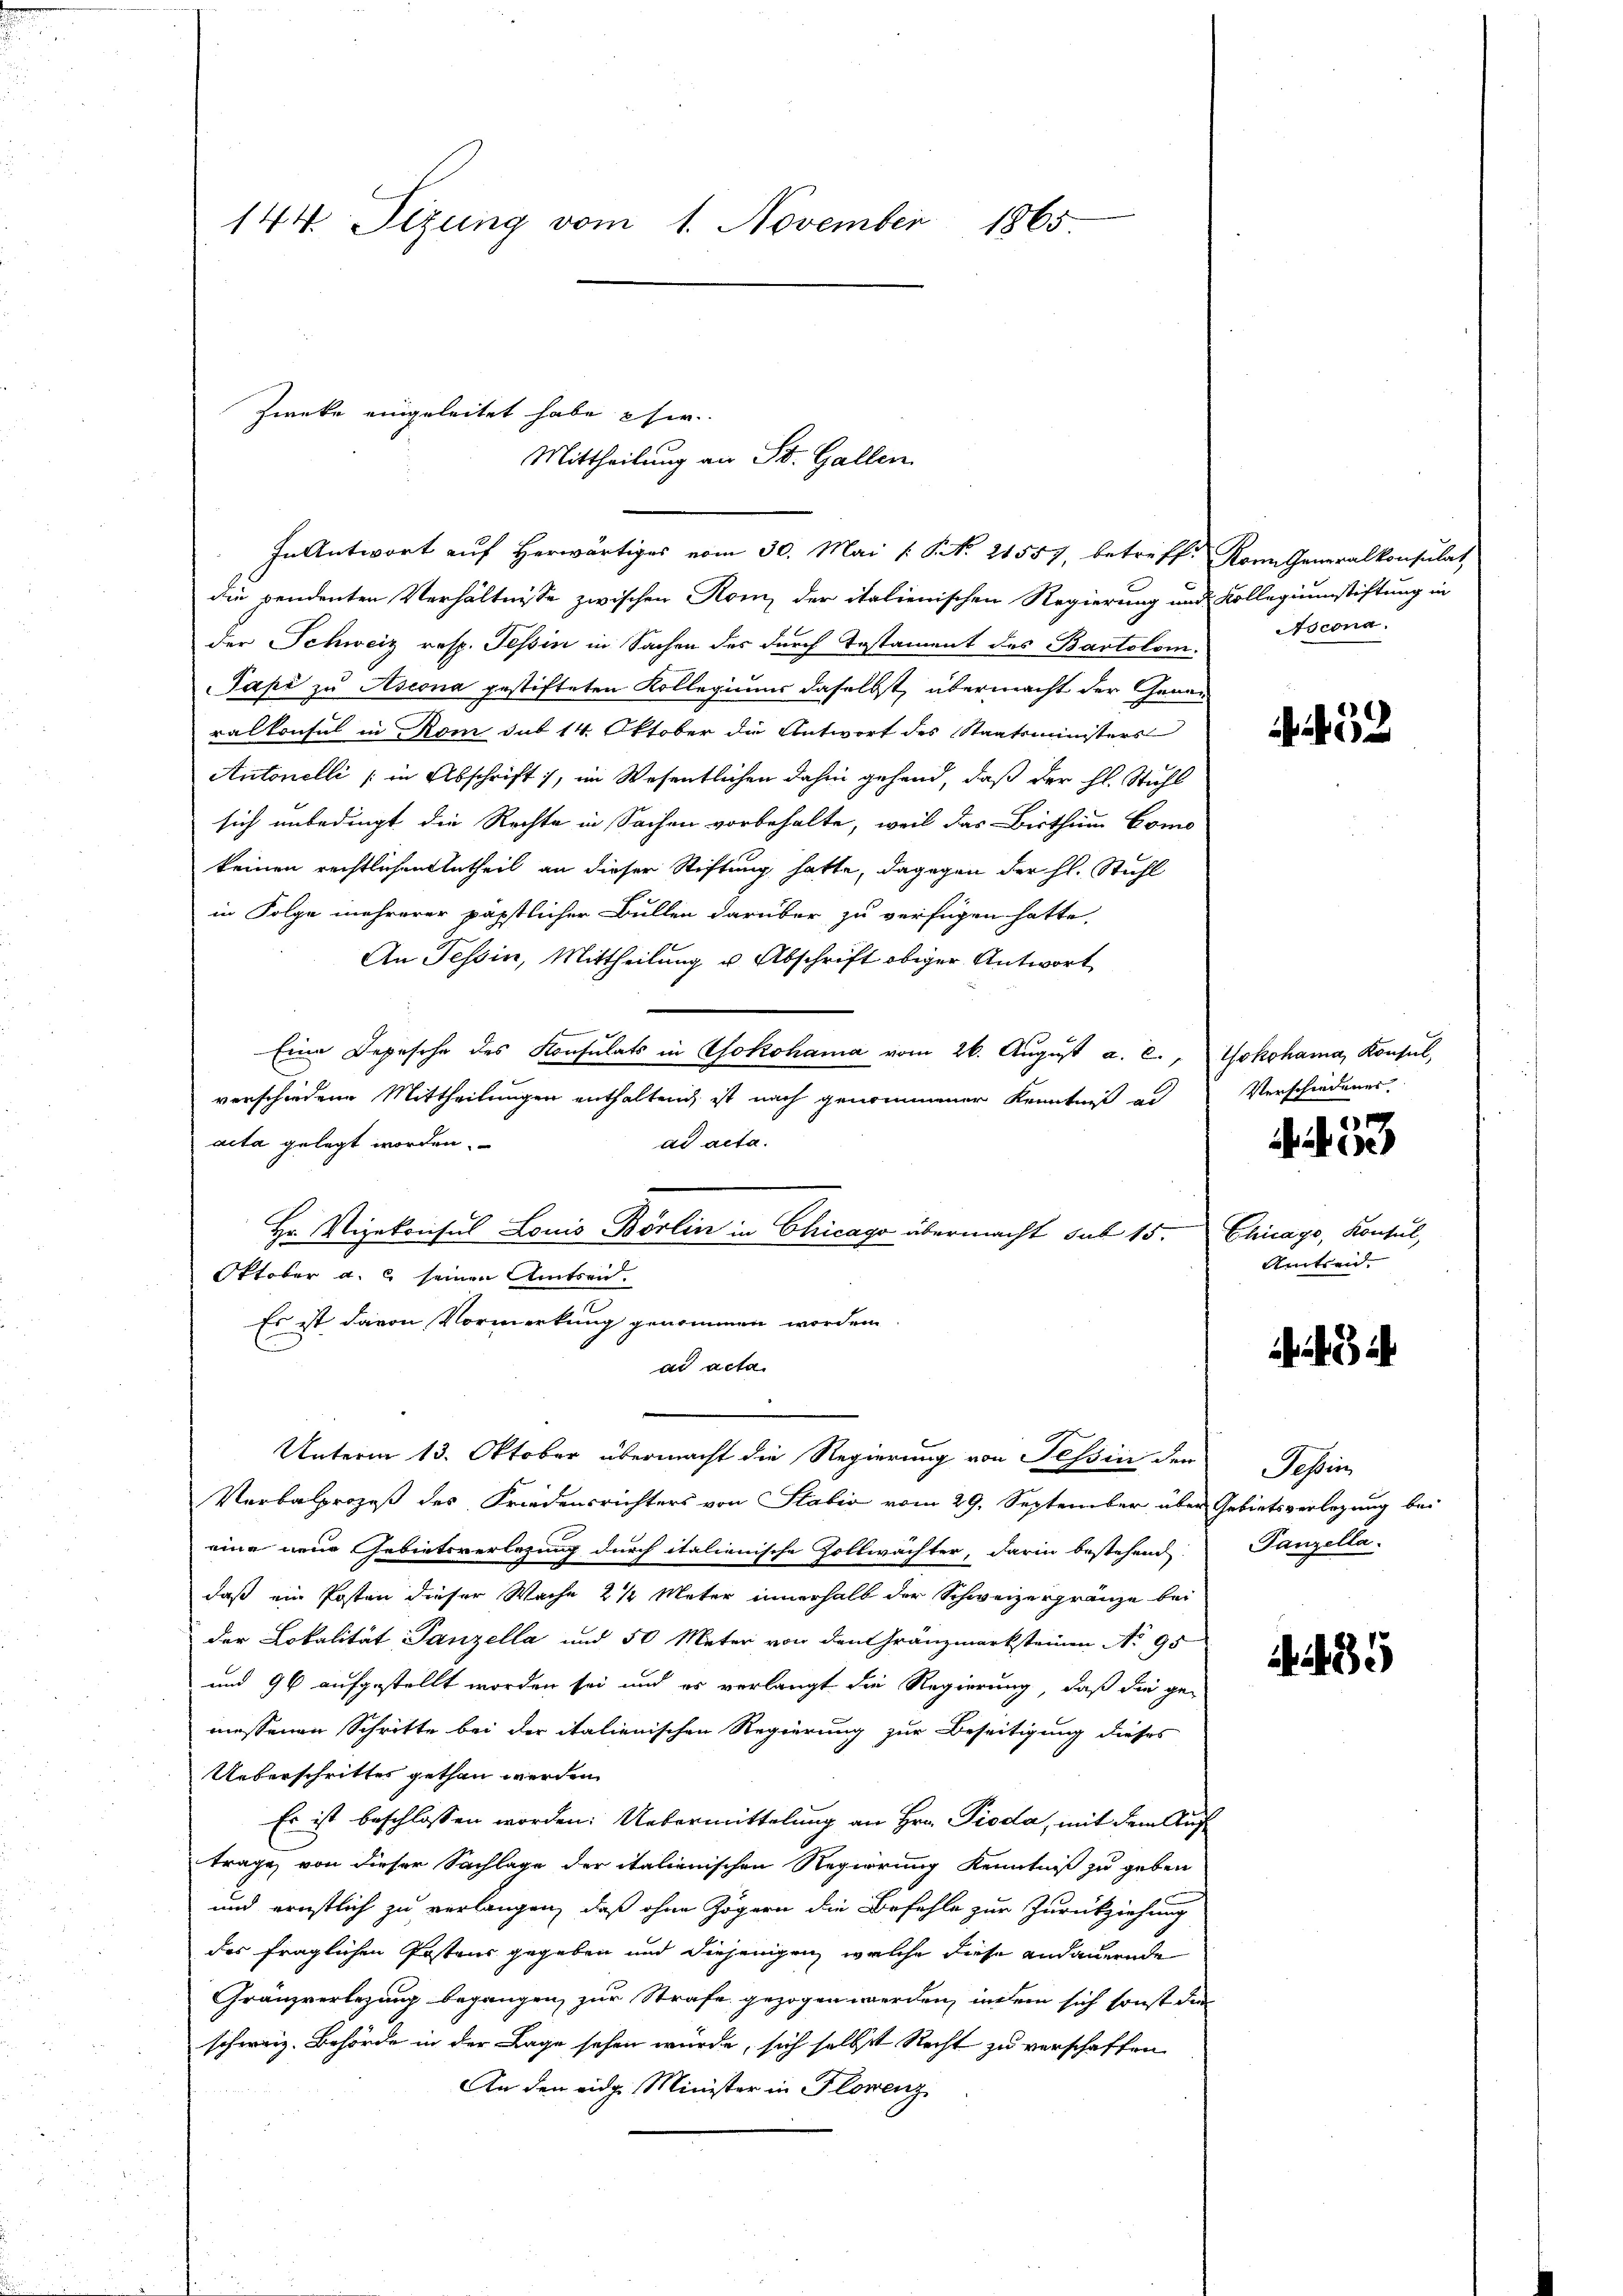
144. Sizung vom 1. November 1865

In Antwort auf Herwärtiges vom 30. Mai [S. No. 21557, betreff. Kann Generalkonsulat
die pendenten Verhältnisse zwischen Rom, der italienischen Regierung und Kollegiumstiftung in
der Schweiz resp. Tessin in Sachen des durch Testament des Bartolom.
Papi zu Ascona gestifteten Kollegium daselbst, übermacht der Generalkonsul in Rom sub 14. Oktober die Antwort des Staatsministers
Antonelli (in Abschrift, im Wesentlichen dahin gehend, daß der hl. Stuhl
sich unbedingt die Rechte in Sachen vorbehalte, weil das Bisthum Como
keinen rechtlichen Antheil an dieser Stiftung hatte, dagegen der hl. Stuhl
in Folge mehrerer päpstlicher Bullen darüber zu verfügen hatte,
An Tessin, Mittheilung u. Abschrift obiger Antwort
Eine Depesche des Konsulats in Yokohama vom 26. Aŭgŭst a. c., Yokohama, Konsul,
verschiedene Mittheilungen enthaltend, ist nach genommener Kenntniß al
ad acta.
acta gelegt worden.
Hr. Vizekonsul Louis Börlin in Chicago übermacht sub 15. Chicago, Konsul,
Oktober a. c. seinen Amtsen.
Es ist davon Vormerkung genommen worden.
ad acta.
.
Unterm 13. Oktober übermacht die Regierung von Tessin der Tessin,
Verbalprozeß des Friedensrichters von Stabić vom 29. September über Gebietsverlegung bei
eine neue Gebietsverlesung durch italienische Zollwächter, darin bestehend
daß ein Posten dieser Wache 2 1/2 Mater innerhalb der Schweizergränze bei
der Lokalität Panzella und 50 Meter von den Gränzmarksteinen No 95
und 96 aufgestellt worden sei und es verlangt die Regierung, daß die ge-
messenen Schritte bei der italienischen Regierung zur Beseitigung dieses
Ueberschrittes gethan werden.
Es ist beschlossen worden. Uebermittelung an Hrn. Pioda, mit dem Auf
trage, von dieser Sachlage der italienischen Regierung Kenntniß zu geben
und ernstlich zu verlangen, daß ohne Zögern die Befehle zur Zurückziehung
des fraglichen Postens gegeben und diejenigen, welche diese andauernde
Gränzverlegung begangen zur Strafe gezogen werden, indem sich sonst die
schweiz. Behörde in der Lage sehen würde, sich selbst Recht zu verschaffen
An den eidg. Minister in Florenz

Zwecke eingeleitet habe hie

Mittheilung an St. Gallen

Ascona.

32

Verschiedener.
1

iiere

Amtreid.

Panzella.

489